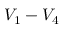
V _ { 1 } - V _ { 4 }